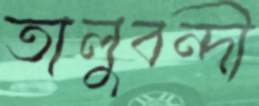
তালুবন্দী